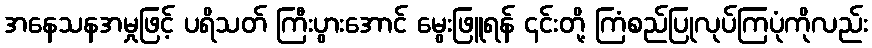
အနေသနအမှုဖြင့် ပရိသတ် ကြီးပွားအောင် မွေးဖြူရန် ၎င်းတို့ ကြံစည်ပြုလုပ်ကြပုံကိုလည်း